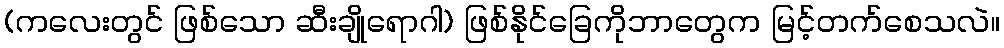
(ကလေးတွင် ဖြစ်သော ဆီးချိုရောဂါ) ဖြစ်နိုင်ခြေကိုဘာတွေက မြင့်တက်စေသလဲ။